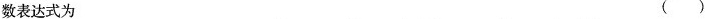
数表达式为 ()